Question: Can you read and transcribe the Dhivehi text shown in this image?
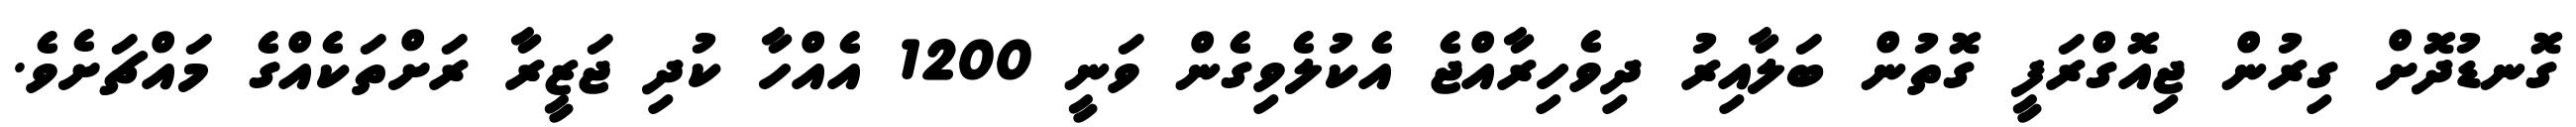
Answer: ގޮނޑުދޮށް ގިރުން ޖިއޮގްރަފީ ގޮތުން ބަލާއިރު ދިވެހިރާއްޖެ އެކުލެވިގެން ވަނީ 1200 އެއްހާ ކުދި ޖަޒީރާ ރަށްތަކެއްގެ މައްޗަށެވެ.